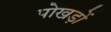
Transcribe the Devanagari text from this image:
पोखड़ों